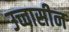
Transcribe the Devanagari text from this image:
उच्चासीन